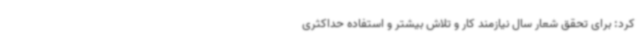
کرد: برای تحقق شعار سال نیازمند کار و تلاش بیشتر و استفاده حداکثری